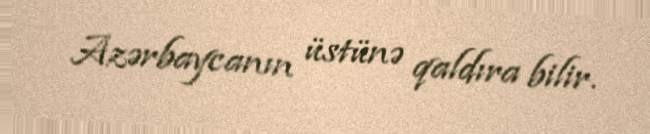
Azərbaycanın üstünə qaldıra bilir.